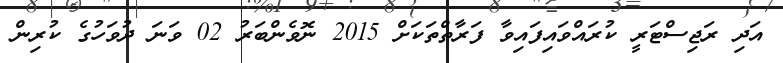
އަދި ރަޖިސްޓަރީ ކުރައްވައިފައިވާ ފަރާތްތަކަށްް 2015 ނޮވެންބަރު 02 ވަނަ ދުވަހުގެ ކުރިން